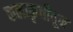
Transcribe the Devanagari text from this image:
कलाकृतीतून